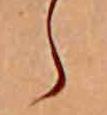
ら